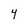
Character: 4